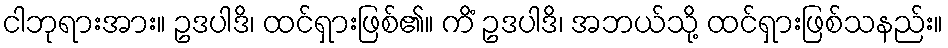
ငါဘုရားအား။ ဥဒပါဒိ၊ ထင်ရှားဖြစ်၏။ ကိံ ဥဒပါဒိ၊ အဘယ်သို့ ထင်ရှားဖြစ်သနည်း။